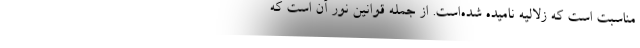
مناسبت است که زُلالیه نامیده شده‌است. از جمله قوانین نور آن است که